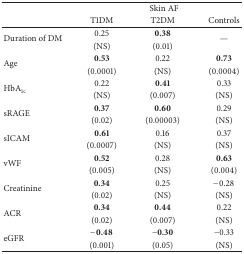
|  | <COLSPAN=3> Skin AF |
 |  | T1DM | T2DM | Controls |
 | --- | --- | --- | --- |
 | <ROWSPAN=2> Duration of DM | 0.25 | 0.38 | <ROWSPAN=2> — |
 | (NS) | (0.01) |
 | <ROWSPAN=2> Age | 0.53 | 0.22 | 0.73 |
 | (0.0001) | (NS) | (0.0004) |
 | <ROWSPAN=2> HbA1c | 0.22 | 0.41 | 0.33 |
 | (NS) | (0.007) | (NS) |
 | <ROWSPAN=2> sRAGE | 0.37 | 0.60 | 0.29 |
 | (0.02) | (0.00003) | (NS) |
 | <ROWSPAN=2> sICAM | 0.61 | 0.16 | 0.37 |
 | (0.0007) | (NS) | (NS) |
 | <ROWSPAN=2> vWF | 0.52 | 0.28 | 0.63 |
 | (0.005) | (NS) | (0.004) |
 | <ROWSPAN=2> Creatinine | 0.34 | 0.25 | −0.28 |
 | (0.02) | (NS) | (NS) |
 | <ROWSPAN=2> ACR | 0.34 | 0.44 | 0.22 |
 | (0.02) | (0.007) | (NS) |
 | <ROWSPAN=2> eGFR | −0.48 | −0.30 | −0.33 |
 | (0.001) | (0.05) | (NS) |